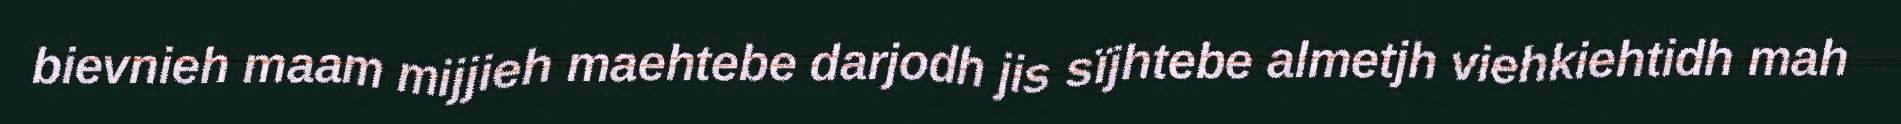
bievnieh maam mijjieh maehtebe darjodh jis sïjhtebe almetjh viehkiehtidh mah